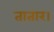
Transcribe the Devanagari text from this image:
तातार।